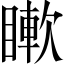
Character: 𥊡